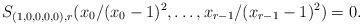
LaTeX: \begin{align*}S_{(1,0,0,0,0),r} ( x_0/(x_0-1)^2, \ldots, x_{r-1}/(x_{r-1}-1)^2 ) =0.\end{align*}